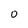
Character: o